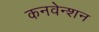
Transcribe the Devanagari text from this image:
कनवेन्शन